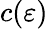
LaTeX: c(\varepsilon)